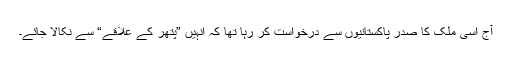
آج اُسی ملک کا صدر پاکستانیوں سے درخواست کر رہا تھا کہ انہیں ”پتھر کے علاقے“ سے نکالا جائے۔